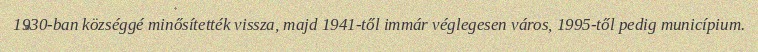
1930-ban községgé minősítették vissza, majd 1941-től immár véglegesen város, 1995-től pedig municípium.